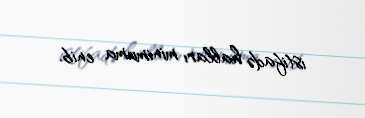
istifadə halları minimuma enib.